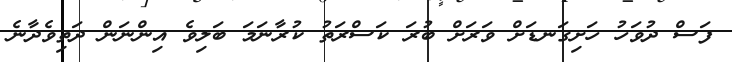
ފަސް ދުވަހު ހަށިގަނޑަށް ވަރަށް ބުރަ ކަސްރަތު ކުރާނަމަ ބަލިވެ އިންނަން ދަތިވެދާނެ